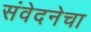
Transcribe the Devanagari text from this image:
संवेदनेचा